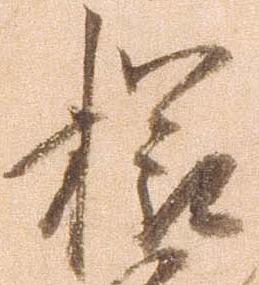
櫛